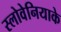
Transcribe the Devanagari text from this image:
स्लोवेनियाके